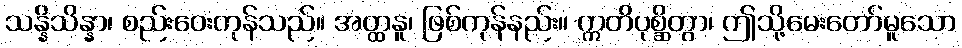
သန္နိသိန္နာ၊ စည်းဝေးကုန်သည်။ အတ္ထနူ၊ ဖြစ်ကုန်နည်း။ ဣတိပုစ္ဆိတွာ၊ ဤသို့မေးတော်မူသော